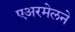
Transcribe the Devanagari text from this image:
एअरमेलने